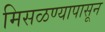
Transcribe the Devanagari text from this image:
मिसळण्यापासून